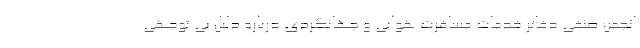
انجمن صنفی دفاتر خدمات مسافرت هوایی و جهانگردی درباره دلیل بی توجهی